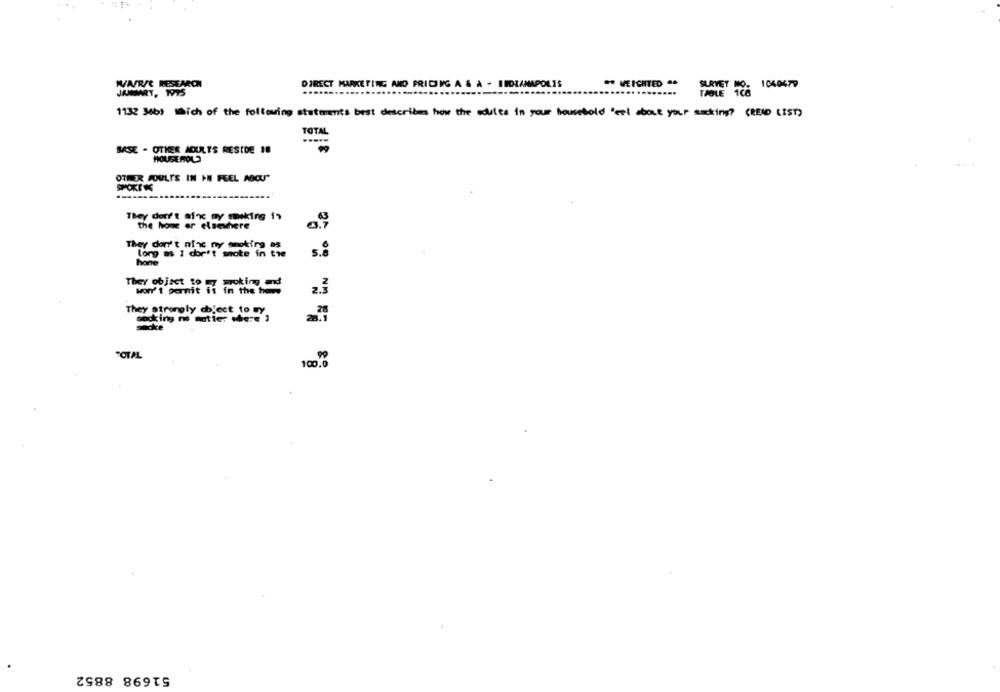
WARSC RESEARCH
. VEICHTED ..
DIRECT MARKETING AND PRIDIG A & À - INDIANAPOLIS
SURVEY NO. 1040679
JAMMARY, 1995
THOLE 106
1138 36b) wich of the following statements best describes how the adults in your household 'tel about your sacking? (READ (IST)
TOTAL
BASE - OTHER ADULTS RESIDE 18
HOUSEHOLD
OTHER POULTS IN IN FEEL ABOUT"
SPORTK
They don't aix my mkirg 1?
the home or elsewhere
They don't ninc ny smoking as
long as I don't smote in the
5.8
home
They objset to my moking and
won't permit it in the home
2.3
They strongly ch'cet to my
socking no matter where 2
100.0
51698 8852